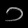
Digit: ၁